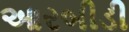
આરબીડી